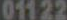
01122